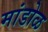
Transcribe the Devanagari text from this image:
मांडोळ